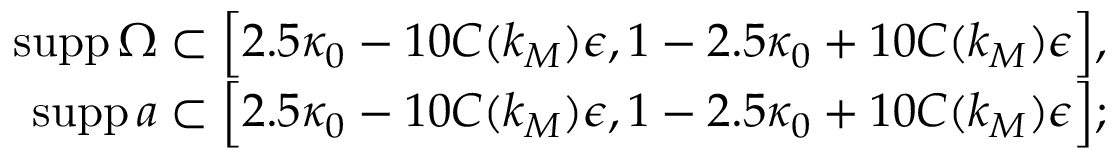
\begin{array} { r } { \mathrm { s u p p } \, \Omega \subset \Big [ 2 . 5 \kappa _ { 0 } - 1 0 C ( k _ { M } ) \epsilon , 1 - 2 . 5 \kappa _ { 0 } + 1 0 C ( k _ { M } ) \epsilon \Big ] , } \\ { \mathrm { s u p p } \, a \subset \Big [ 2 . 5 \kappa _ { 0 } - 1 0 C ( k _ { M } ) \epsilon , 1 - 2 . 5 \kappa _ { 0 } + 1 0 C ( k _ { M } ) \epsilon \Big ] ; } \end{array}